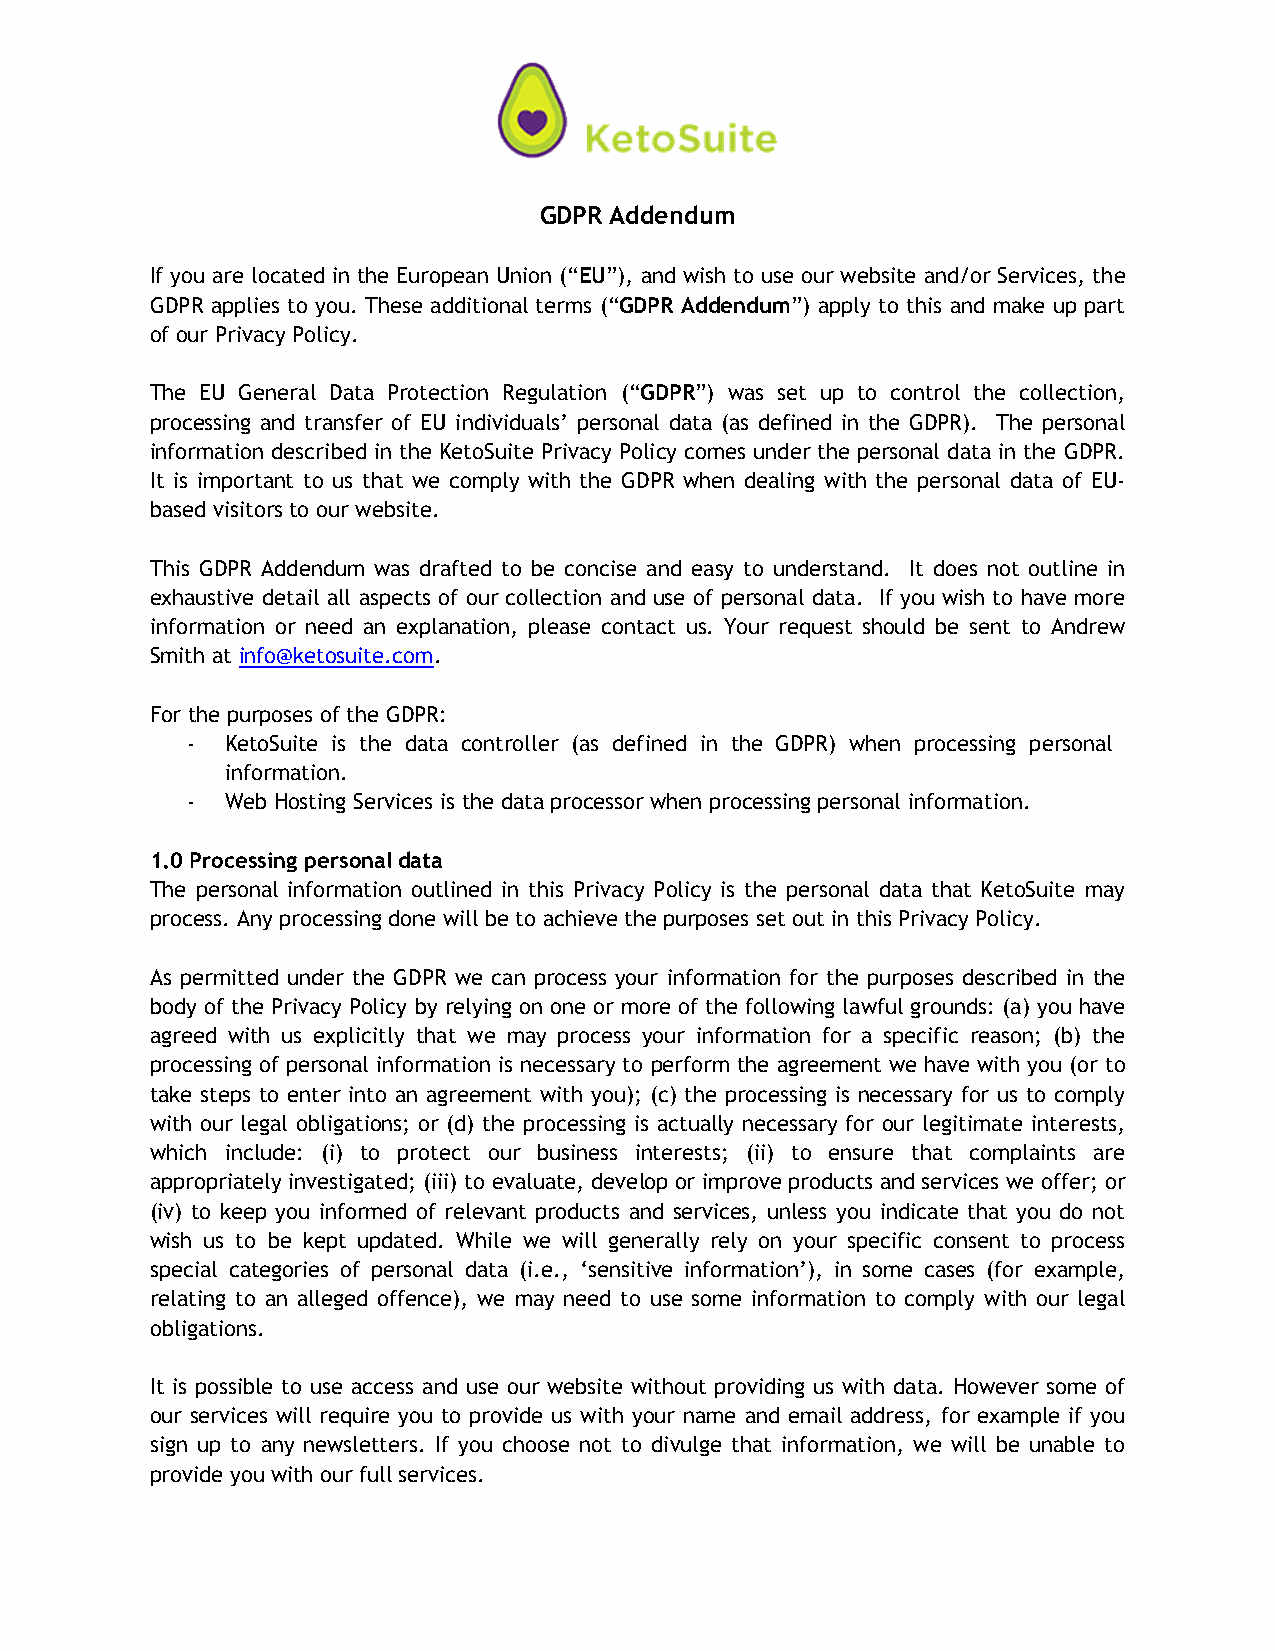
GDPR Addendum
 If you are located in the European Union (“EU”), and wish to use our website and/or Services, the
 GDPR applies to you. These additional terms (“GDPR Addendum”) apply to this and make up part
 of our Privacy Policy.
 The EU General Data Protection Regulation (“GDPR”) was set up to control the collection,
 processing and transfer of EU individuals’ personal data (as defined in the GDPR). The personal
 information described in the KetoSuite Privacy Policy comes under the personal data in the GDPR.
 It is important to us that we comply with the GDPR when dealing with the personal data of EU-
 based visitors to our website.
 This GDPR Addendum was drafted to be concise and easy to understand. It does not outline in
 exhaustive detail all aspects of our collection and use of personal data. If you wish to have more
 information or need an explanation, please contact us. Your request should be sent to Andrew
 Smith at info@ketosuite.com.
 For the purposes of the GDPR:
 -  KetoSuite is the data controller (as defined in the GDPR) when processing personal
 information.
 -  Web Hosting Services is the data processor when processing personal information.
 1.0 Processing personal data
 The personal information outlined in this Privacy Policy is the personal data that KetoSuite may
 process. Any processing done will be to achieve the purposes set out in this Privacy Policy.
 As permitted under the GDPR we can process your information for the purposes described in the
 body of the Privacy Policy by relying on one or more of the following lawful grounds: (a) you have
 agreed with us explicitly that we may process your information for a specific reason; (b) the
 processing of personal information is necessary to perform the agreement we have with you (or to
 take steps to enter into an agreement with you); (c) the processing is necessary for us to comply
 with our legal obligations; or (d) the processing is actually necessary for our legitimate interests,
 which include: (i) to protect our business interests; (ii) to ensure that complaints are
 appropriately investigated; (iii) to evaluate, develop or improve products and services we offer; or
 (iv) to keep you informed of relevant products and services, unless you indicate that you do not
 wish us to be kept updated. While we will generally rely on your specific consent to process
 special categories of personal data (i.e., ‘sensitive information’), in some cases (for example,
 relating to an alleged offence), we may need to use some information to comply with our legal
 obligations.
 It is possible to use access and use our website without providing us with data. However some of
 our services will require you to provide us with your name and email address, for example if you
 sign up to any newsletters. If you choose not to divulge that information, we will be unable to
 provide you with our full services.